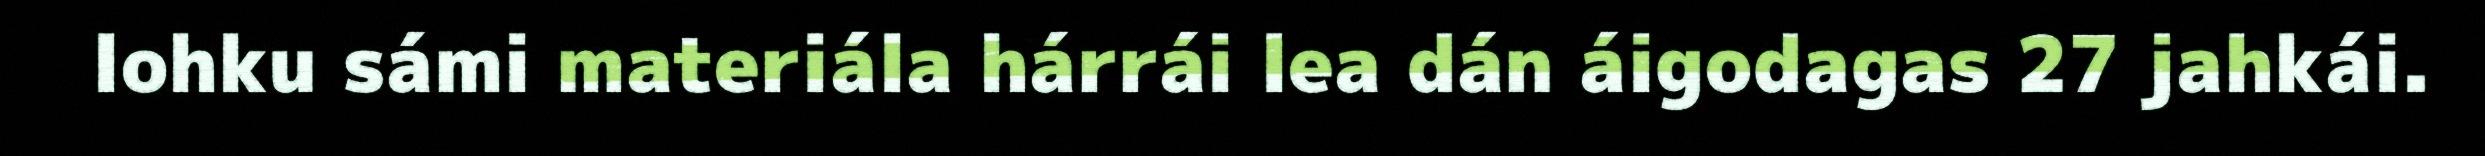
lohku sámi materiála hárrái lea dán áigodagas 27 jahkái.